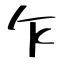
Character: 乍